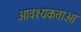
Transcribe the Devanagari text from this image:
आवश्यकताआ